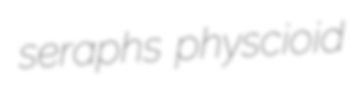
seraphs physcioid